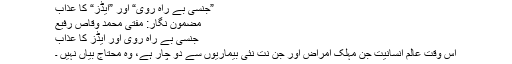
”جنسی بے راہ روی“ اور ”ایڈز“ کا عذاب
مضمون نگار: مفتی محمد وقاص رفیع
جنسی بے راہ روی اور ایڈز کا عذاب
اس وقت عالمِ انسانیت جن مہلک امراض اور جن نت نئی بیماریوں سے دو چار ہے، وہ محتاجِ بیاں نہیں ۔